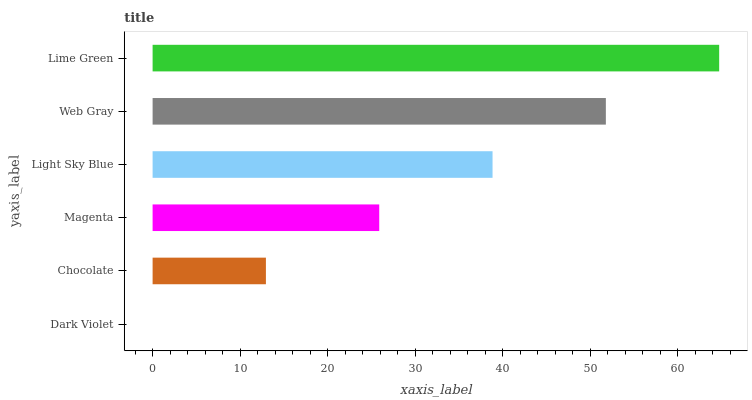
| yaxis_label | bars |
 | --- | --- |
 | Dark Violet | 0 |
 | Chocolate | 13 |
 | Magenta | 25.9 |
 | Light Sky Blue | 38.9 |
 | Web Gray | 51.8 |
 | Lime Green | 64.8 |